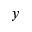
y